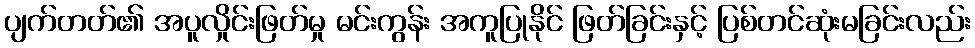
ပျက်တတ်၏ အပူလှိုင်းဖြတ်မှု မင်းကွန်း အကူပြုနိုင် ဖြတ်ခြင်းနှင့် ပြစ်တင်ဆုံးမခြင်းလည်း